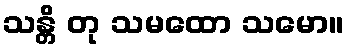
သန္တိ တု သမထော သမော။